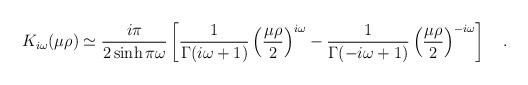
LaTeX: \begin{align*}K_{i\omega}(\mu\rho)\simeq {i\pi \over 2\sinh \pi \omega}\left[{1 \over \Gamma(i\omega+1)}\left({\mu\rho \over 2}\right)^{i\omega}-{1 \over \Gamma(-i\omega+1)}\left({\mu\rho \over 2}\right)^{-i\omega}\right]~~~.\end{align*}